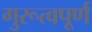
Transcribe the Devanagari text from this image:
गुरूत्वपूर्ण